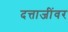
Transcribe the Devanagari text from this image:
दत्ताजींवर